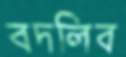
বদলিব